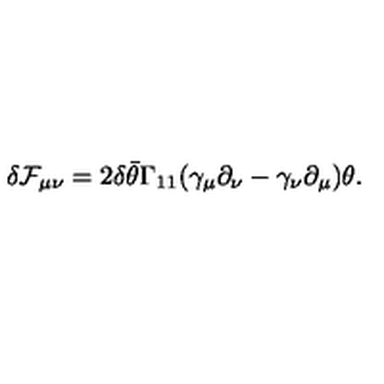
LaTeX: \delta { \cal F } _ { \mu \nu } = 2 \delta \bar { \theta } \Gamma _ { 1 1 } ( \gamma _ { \mu } \partial _ { \nu } - \gamma _ { \nu } \partial _ { \mu } ) \theta .